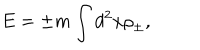
E = \pm m \int d ^ { 2 } x { \rho } _ { \pm } ,